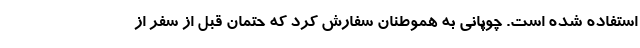
استفاده شده است. چوپانی به هموطنان سفارش کرد که حتمان قبل از سفر از